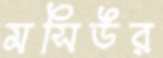
মসিউর